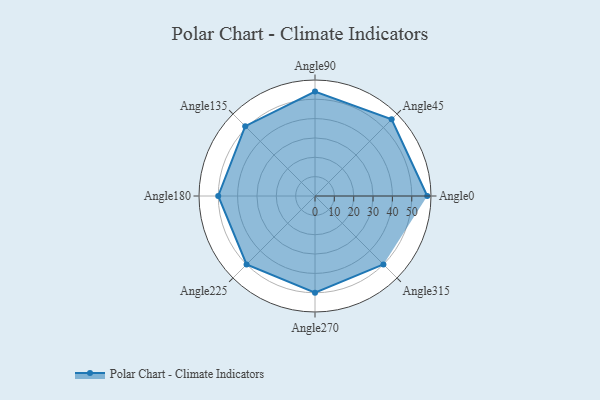
{"axis": {"x": "Angle", "y": "Radius"}, "legend": [""], "data": [{"x": "Angle0", "y": 58.0, "type": ""}, {"x": "Angle45", "y": 56.0, "type": ""}, {"x": "Angle90", "y": 54.0, "type": ""}, {"x": "Angle135", "y": 51.0, "type": ""}, {"x": "Angle180", "y": 50, "type": ""}, {"x": "Angle225", "y": 50, "type": ""}, {"x": "Angle270", "y": 50, "type": ""}, {"x": "Angle315", "y": 50, "type": ""}]}